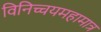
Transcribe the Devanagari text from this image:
विनिच्चयमहामात्र